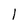
Character: l